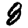
Digit: 8